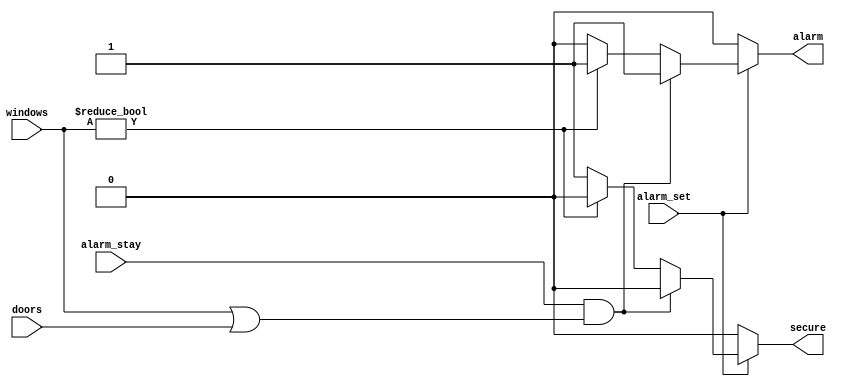
module lab_006_alarm (
  input alarm_set, alarm_stay,
  input [1:0] doors,
  input [2:0] windows,
  output reg secure, alarm
);

  always @* begin
    if( alarm_set ) begin
      if ( alarm_stay && (windows || doors) ) begin
        secure <= 1'b0;
	alarm <= 1'b1;
      end
      else if ( windows ) begin
	secure <= 1'b0;
	alarm <= 1'b1;
      end
      else begin
	secure <= 1'b1;
	alarm <= 1'b0;
      end
    end
    else begin
      secure <= 1'b0;
      alarm <= 1'b0;
    end
  end

endmodule